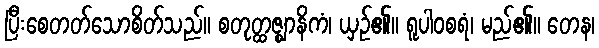
ပြီးစေတတ်သောစိတ်သည်။ စတုတ္ထဇ္ဈာနိကံ၊ ယှဉ်၏။ ရူပါဝစရံ၊ မည်၏။ တေန၊